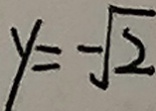
y = - \sqrt { 2 }